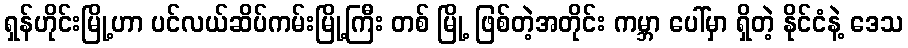
ရှန်ဟိုင်းမြို့ဟာ ပင်လယ်ဆိပ်ကမ်းမြို့ကြီး တစ် မြို့ ဖြစ်တဲ့အတိုင်း ကမ္ဘာ ပေါ်မှာ ရှိတဲ့ နိုင်ငံနဲ့ ဒေသ